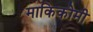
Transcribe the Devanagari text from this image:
माकिकोमी